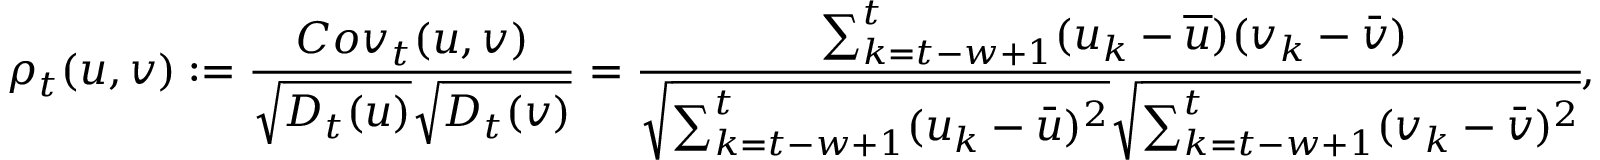
\centering \rho _ { t } ( u , v ) : = \frac { C o v _ { t } ( u , v ) } { \sqrt { D _ { t } ( u ) } \sqrt { D _ { t } ( v ) } } = \cfrac { \sum _ { k = t - w + 1 } ^ { t } ( u _ { k } - \overline { { u } } ) ( v _ { k } - \bar { v } ) } { \sqrt { \sum _ { k = t - w + 1 } ^ { t } ( u _ { k } - \bar { u } ) ^ { 2 } } \sqrt { \sum _ { k = t - w + 1 } ^ { t } ( v _ { k } - \bar { v } ) ^ { 2 } } } ,